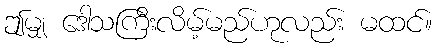
ဤမျှ ဒေါသကြီးလိမ့်မည်ဟုလည်း မထင်။